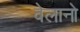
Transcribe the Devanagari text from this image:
वेलानो